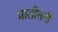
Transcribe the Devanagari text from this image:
प्राशीतनी